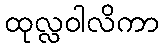
ထုလ္လဝါလိကာ